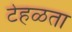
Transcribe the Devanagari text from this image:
टेहळता